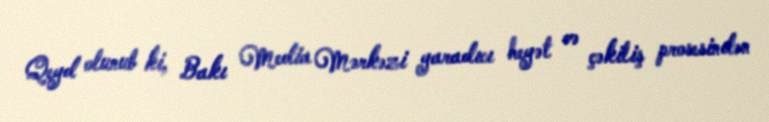
Qeyd olunub ki, Bakı Media Mərkəzi yaradıcı heyət və çəkiliş prosesindən